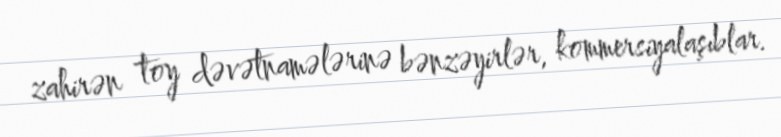
zahirən toy dəvətnamələrinə bənzəyirlər, kommersiyalaşıblar.